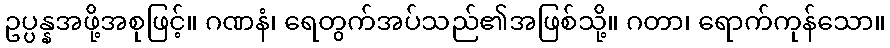
ဥပ္ပန္နအဖို့အစုဖြင့်။ ဂဏနံ၊ ရေတွက်အပ်သည်၏အဖြစ်သို့။ ဂတာ၊ ရောက်ကုန်သော။